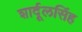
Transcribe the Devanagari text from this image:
शार्दूलसिंह